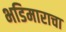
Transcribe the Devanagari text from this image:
भडिमाराचा